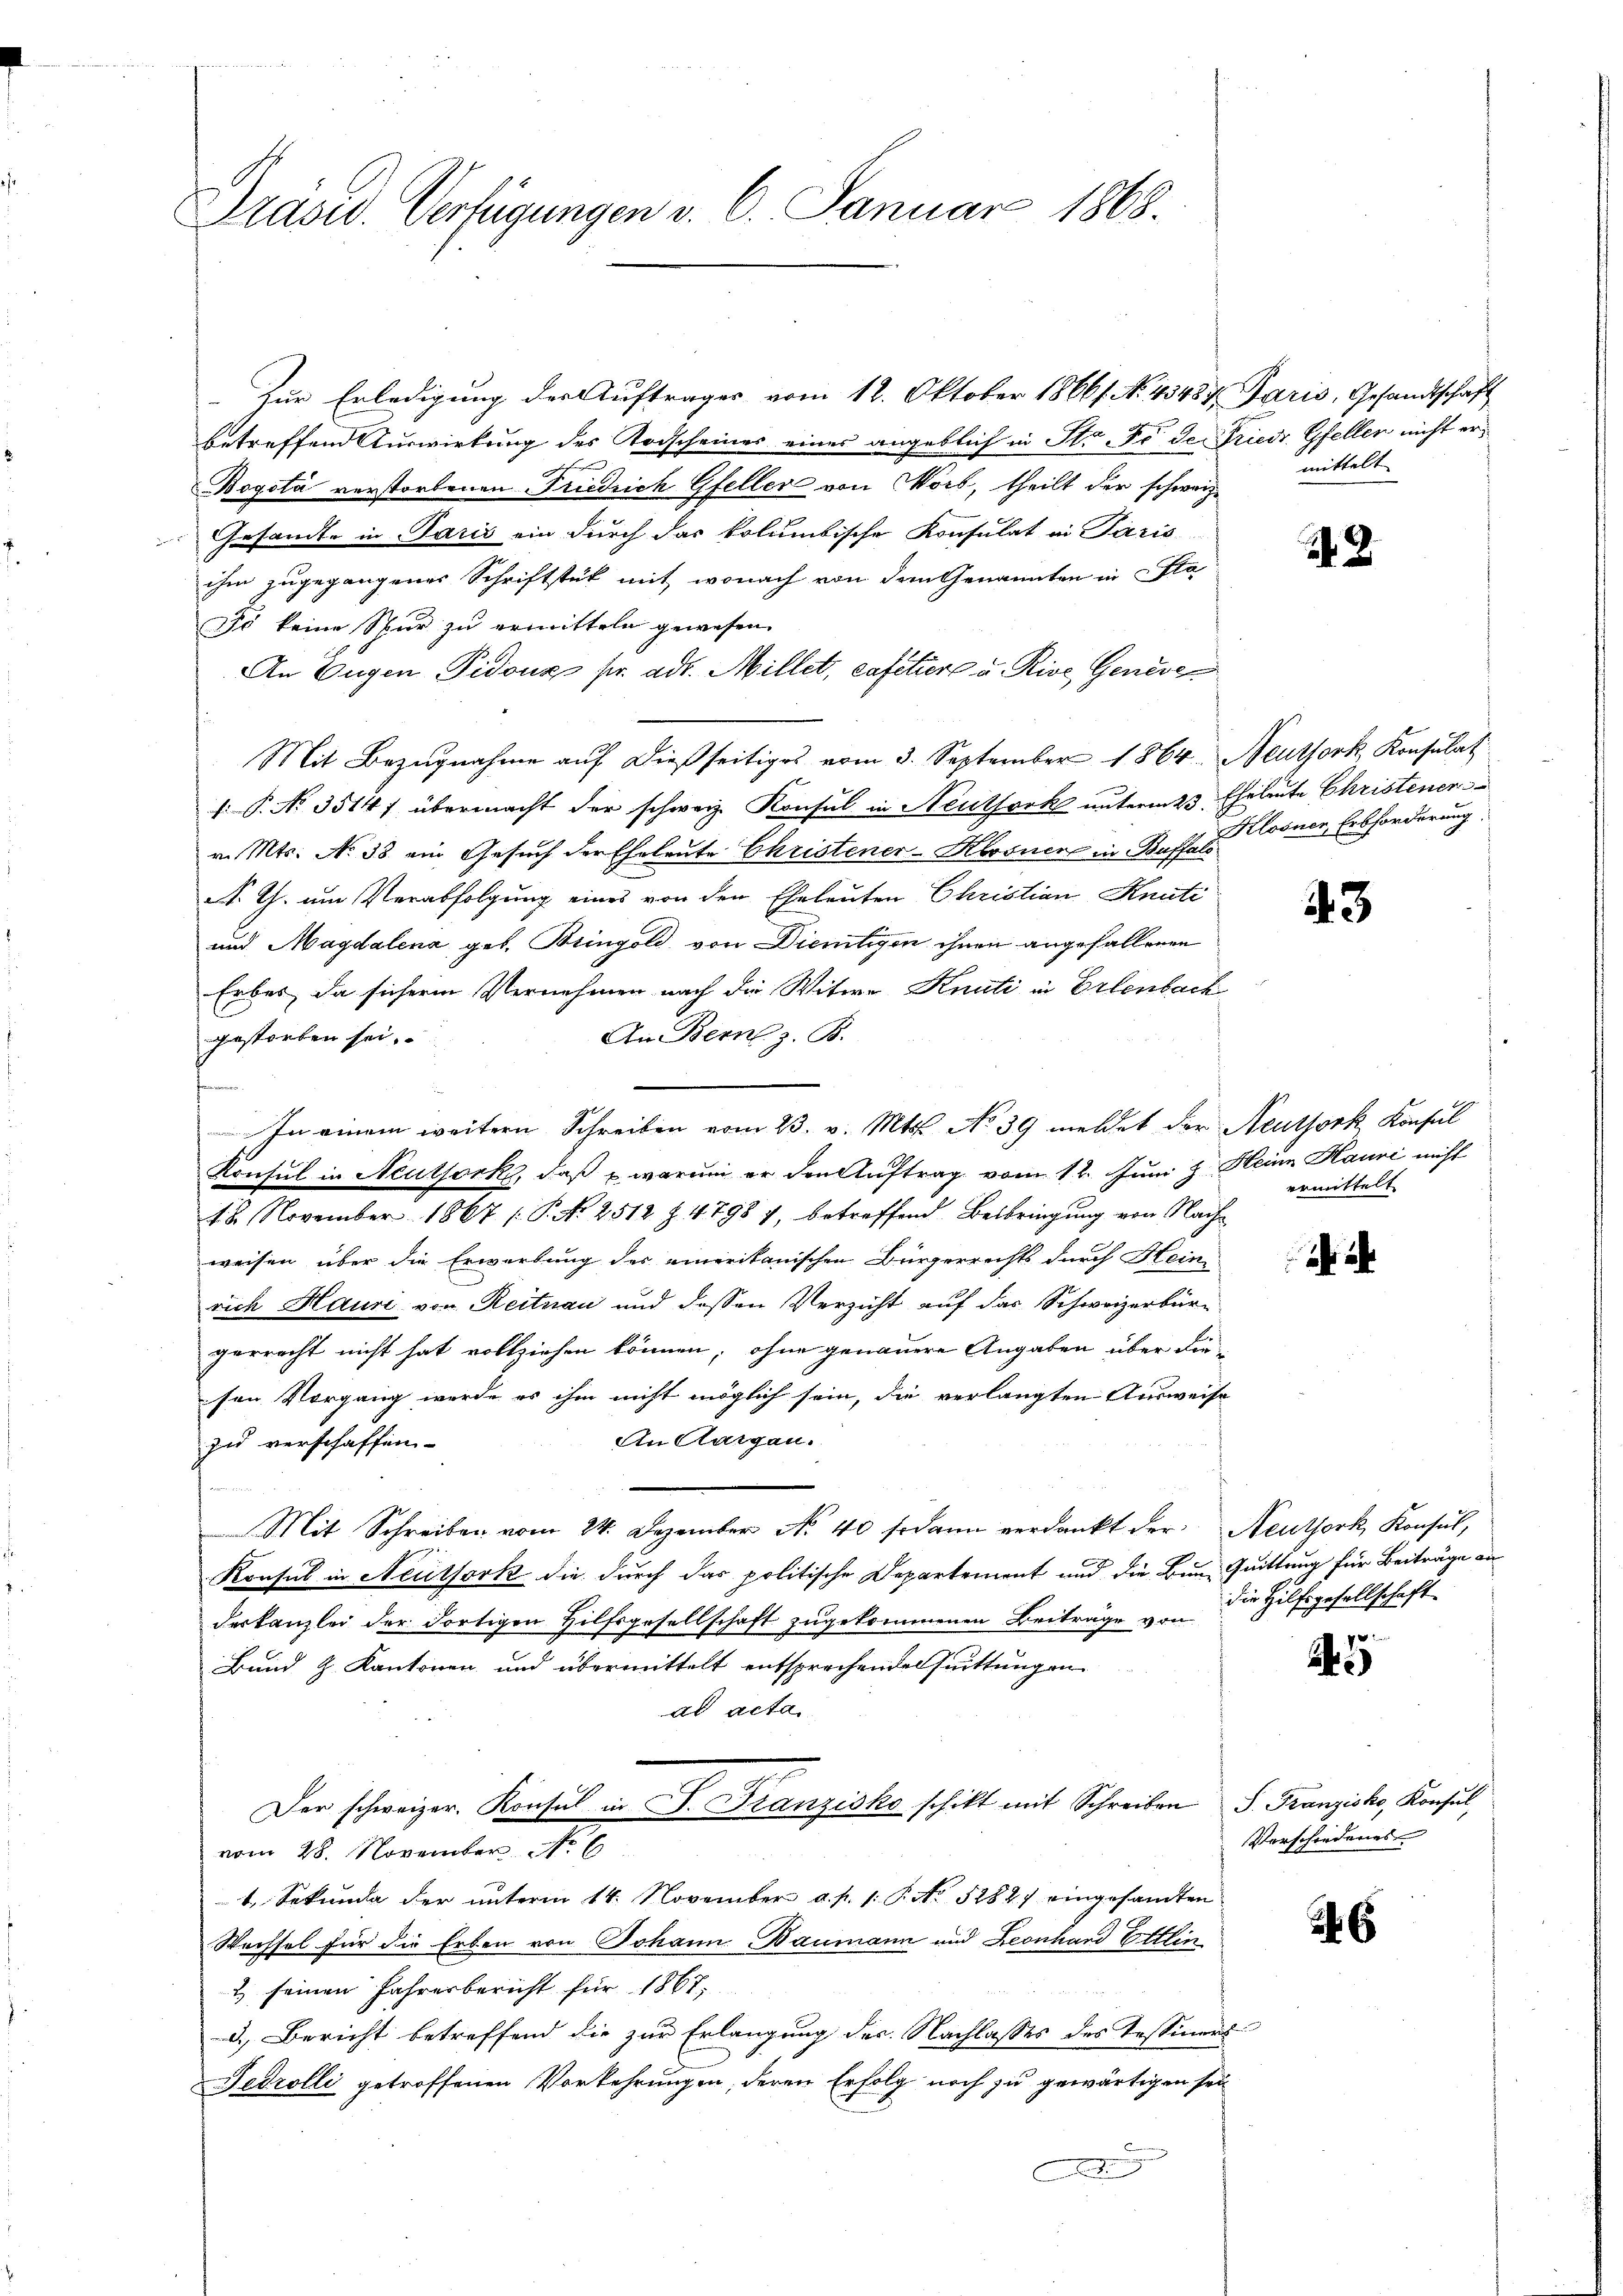
Präsid. Verfügungen v. 6. Januar 1868.

Zur Erledigung der Auftrages vom 18. Oktober 18661. No. 43484. Paris, Gesandtschaft
betreffend Auswirkung des Todscheines eines angeblich in St. Fr. der Friedr Gfellen nicht er¬
Bogota verstorbenen Friedrich Gfeller von Wort, theilt der schweiz.
Gesandte in Paris ein durch das kolumbische Konsulat in Paris
ihm zugegangener Schriftstük mit wonach von dem Genannten in Sta
Jo keine Spur zu ermitteln gewesen
An Eugen Pidoux pr. adt. Millet, cafetiert u. Rive Geneve
Mit Bezugnahme auf dießseitiges vom 3. September 1864. Neuthork, Konsulat
f.P. No. 3514) übermacht der schweiz. Konsul in Neuthork unterm 23. Eheleute Christenen
v. Mts. No 33. ein Gesuch der Eheleute Christener-Klosnen in Buffals
A. G. um Verabfolgung eines von den Eheleuten Christian Knati
und Magdalena, geb. Bringold, von Dientigen ihnen angefallenen
Erbes, da sichere Vernehmen nach die Witwe Knuti in Erlenbach
An Bern z. B.
gestorben sei.
In einem weitern Schreiben vom 23. v. Mts. No 39 meldet der Neuthork Konsul
Konsul in Neutfork, daß warum er den Auftrag vom 12. Juni z. Heine Hauri nicht
18. November 1867 (P. No 2512 Z. 4798 7, betreffend Beibringung von Nachweisen über die Erwerbung des emerikanischen Bürgerrechts durch Hein
rich Haun von Reitnau und dessen Verzicht auf das Schweizerbürgerrecht nicht hat vollziehen können; ohne genauere Angaben über diesen Vorgang werde es ihm nicht möglich sein, die verlangten Ausweise
An Aargau.
zu verschaffen.
Mit Schreiben vom 24. Dezember No. 40 sodann verdankt der Neuthork, Konsul,
Konsul in Neuthork die durch das politische Departement und die Bau- Quittung für Beiträge anderkanzlei der dortigen Hilfsgesellschaft zugekommenen Beiträge von die Hilfsgesellschaft
Bund z. Kantonen und übermittelt entsprechenden Quittungen
ad acta
Der schweizer. Konsul in S. Franzisko schikt mit Schreiben
vom 28. November No 6
1. Sekunde der unterm 14. November a. p. 1. P. Nr. 5282) eingesandten
Wechsel für die Erben von Johann Baumann und Leonhard Ettin
2) seinen Jahresbericht für 1867.
d.) Bericht betreffend die zur Erlangung der Nachlasses des Tessiners
Jedrolli getroffenen Vorkehrungen, deren Erfolg noch zu gewärtigen sei
A

mittelt

9.

Klosnen, Erbforderung

43

ermittelt

S. Franzisko, Konsul
Verschiedenes

6